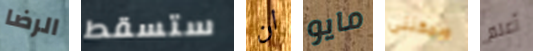
الرضا ستسقط ان مايو ويمكننى أعلم